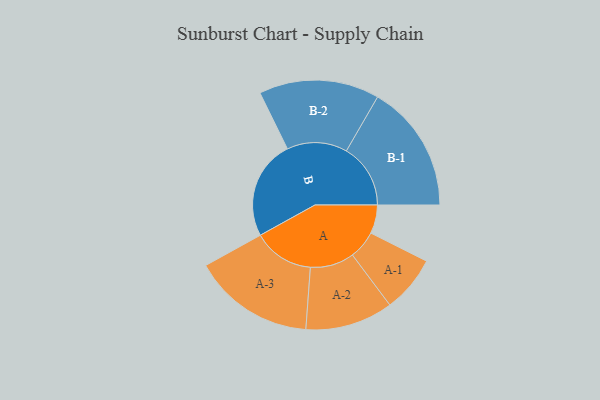
{"axis": {"x": "Segment", "y": "Value"}, "legend": ["", "A", "B"], "data": [{"x": "A", "y": 130, "type": ""}, {"x": "B", "y": 452, "type": ""}, {"x": "A-1", "y": 129, "type": "A"}, {"x": "A-2", "y": 200, "type": "A"}, {"x": "A-3", "y": 277, "type": "A"}, {"x": "B-1", "y": 292, "type": "B"}, {"x": "B-2", "y": 274, "type": "B"}]}